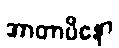
အာတာပိနော